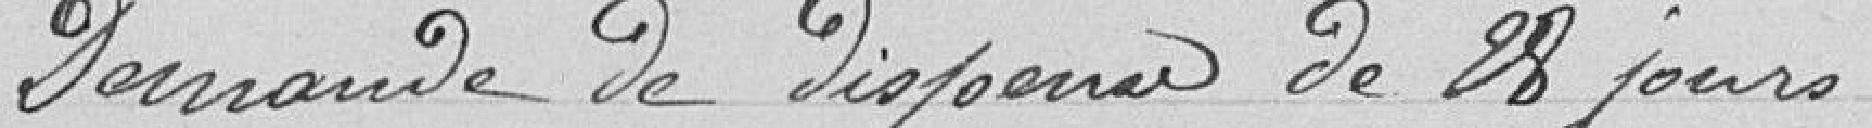
Demande de dispense de 28 jours